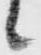
候